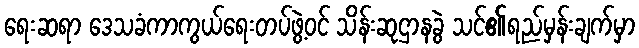
ရေးဆရာ ဒေသခံကာကွယ်ရေးတပ်ဖွဲ့ဝင် သိန်းဆုဌာနခွဲ သင်၏ရည်မှန်းချက်မှာ